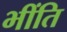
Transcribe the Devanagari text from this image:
भींति